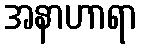
အနာဟာရာ